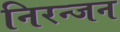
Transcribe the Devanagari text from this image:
निरन्जन